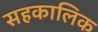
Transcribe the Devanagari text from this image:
सहकालिक